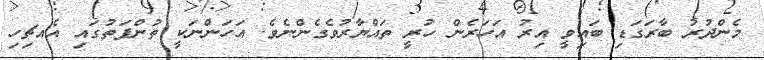
މެންދުރު ބާރަގަޑި ބައިވީ އިރު އަހަރެން ހުރީ ތައްޔާރުވެގެންނެވެ. އަހަންނަކީ ތުންފަތުގައި އެއޗިހި